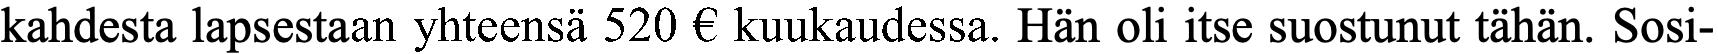
kahdesta lapsestaan yhteensä 520 € kuukaudessa. Hän oli itse suostunut tähän. Sosi-